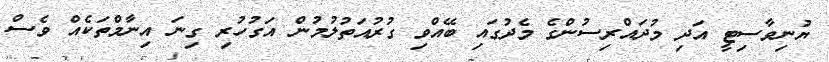
ޔުނިވާސިޓީ އަދި މުދައްރިސުންގެ މެދުގައި ބޭއްވި ގުރުއަތުލުމުން އަގުހުރި ގިނަ އިނާމްތަކެއް ވެސް